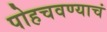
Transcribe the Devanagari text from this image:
पोहचवण्याचं